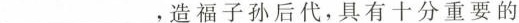
____，造福子孙后代，具有十分重要的